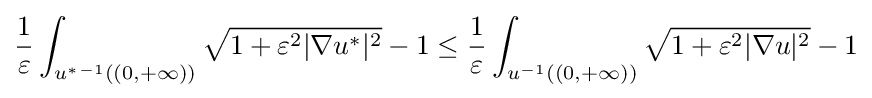
{\frac {1}{\varepsilon }}\int _{u^{*}{}^{-1}((0,+\infty ))}{\sqrt {1+\varepsilon ^{2}|\nabla u^{*}|^{2}}}-1\leq {\frac {1}{\varepsilon }}\int _{u^{-1}((0,+\infty ))}{\sqrt {1+\varepsilon ^{2}|\nabla u|^{2}}}-1